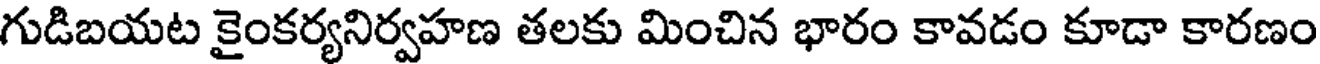
గుడిబయట కైంకర్యనిర్వహణ తలకు మించిన భారం కావడం కూడా కారణం